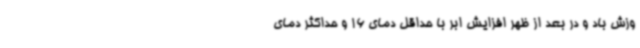
وزش باد و در بعد از ظهر افزایش ابر با حداقل دمای 16 و حداکثر دمای